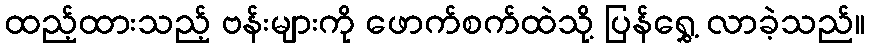
ထည့်ထားသည့် ဗန်းများကို ဖောက်စက်ထဲသို့ ပြန်ရွှေ့ လာခဲ့သည်။